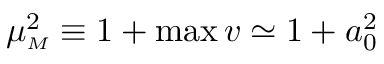
\mu _ { { \scriptscriptstyle M } } ^ { 2 } \equiv 1 + \operatorname* { m a x } v \simeq 1 + a _ { 0 } ^ { 2 }